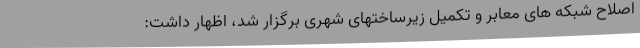
اصلاح شبکه های معابر و تکمیل زیرساختهای شهری برگزار شد، اظهار داشت: